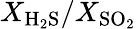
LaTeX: X_{\mathrm{H_{2}S}}/X_{\mathrm{SO_{2}}}